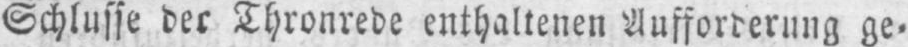
Schlusse der Thronrede enthaltenen Aufforderung ge⸗